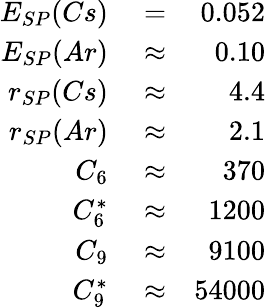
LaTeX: \begin{array}{rlr}{E_{SP}(Cs)}&{{}=}&{0.052}\\ {E_{SP}(Ar)}&{{}\approx}&{0.10}\\ {r_{SP}(Cs)}&{{}\approx}&{4.4}\\ {r_{SP}(Ar)}&{{}\approx}&{2.1}\\ {C_{6}}&{{}\approx}&{370}\\ {C_{6}^{*}}&{{}\approx}&{1200}\\ {C_{9}}&{{}\approx}&{9100}\\ {C_{9}^{*}}&{{}\approx}&{54000}\end{array}